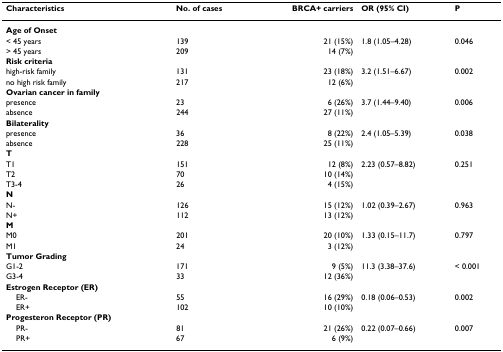
<table><thead><tr><td><b>Characteristics</b></td><td><b>No. of cases</b></td><td><b>BRCA+ carriers</b></td><td><b>OR (95% CI)</b></td><td><b>P</b></td></tr></thead><tbody><tr><td><b>Age of Onset</b></td><td></td><td></td><td></td><td></td></tr><tr><td>&lt; 45 years</td><td>139</td><td>21 (15%)</td><td>1.8 (1.05–4.28)</td><td>0.046</td></tr><tr><td>&gt; 45 years</td><td>209</td><td>14 (7%)</td><td></td><td></td></tr><tr><td><b>Risk criteria</b></td><td></td><td></td><td></td><td></td></tr><tr><td>high-risk family</td><td>131</td><td>23 (18%)</td><td>3.2 (1.51–6.67)</td><td>0.002</td></tr><tr><td>no high risk family</td><td>217</td><td>12 (6%)</td><td></td><td></td></tr><tr><td><b>Ovarian cancer in family</b></td><td></td><td></td><td></td><td></td></tr><tr><td>presence</td><td>23</td><td>6 (26%)</td><td>3.7 (1.44–9.40)</td><td>0.006</td></tr><tr><td>absence</td><td>244</td><td>27 (11%)</td><td></td><td></td></tr><tr><td><b>Bilaterality</b></td><td></td><td></td><td></td><td></td></tr><tr><td>presence</td><td>36</td><td>8 (22%)</td><td>2.4 (1.05–5.39)</td><td>0.038</td></tr><tr><td>absence</td><td>228</td><td>25 (11%)</td><td></td><td></td></tr><tr><td><b>T</b></td><td></td><td></td><td></td><td></td></tr><tr><td>T1</td><td>151</td><td>12 (8%)</td><td>2.23 (0.57–8.82)</td><td>0.251</td></tr><tr><td>T2</td><td>70</td><td>10 (14%)</td><td></td><td></td></tr><tr><td>T3-4</td><td>26</td><td>4 (15%)</td><td></td><td></td></tr><tr><td><b>N</b></td><td></td><td></td><td></td><td></td></tr><tr><td>N-</td><td>126</td><td>15 (12%)</td><td>1.02 (0.39–2.67)</td><td>0.963</td></tr><tr><td>N+</td><td>112</td><td>13 (12%)</td><td></td><td></td></tr><tr><td><b>M</b></td><td></td><td></td><td></td><td></td></tr><tr><td>M0</td><td>201</td><td>20 (10%)</td><td>1.33 (0.15–11.7)</td><td>0.797</td></tr><tr><td>M1</td><td>24</td><td>3 (12%)</td><td></td><td></td></tr><tr><td><b>Tumor Grading</b></td><td></td><td></td><td></td><td></td></tr><tr><td>G1-2</td><td>171</td><td>9 (5%)</td><td>11.3 (3.38–37.6)</td><td>&lt; 0.001</td></tr><tr><td>G3-4</td><td>33</td><td>12 (36%)</td><td></td><td></td></tr><tr><td><b>Estrogen Receptor (ER)</b></td><td></td><td></td><td></td><td></td></tr><tr><td> ER-</td><td>55</td><td>16 (29%)</td><td>0.18 (0.06–0.53)</td><td>0.002</td></tr><tr><td> ER+</td><td>102</td><td>10 (10%)</td><td></td><td></td></tr><tr><td><b>Progesteron Receptor (PR)</b></td><td></td><td></td><td></td><td></td></tr><tr><td> PR-</td><td>81</td><td>21 (26%)</td><td>0.22 (0.07–0.66)</td><td>0.007</td></tr><tr><td> PR+</td><td>67</td><td>6 (9%)</td><td></td><td></td></tr></tbody></table>